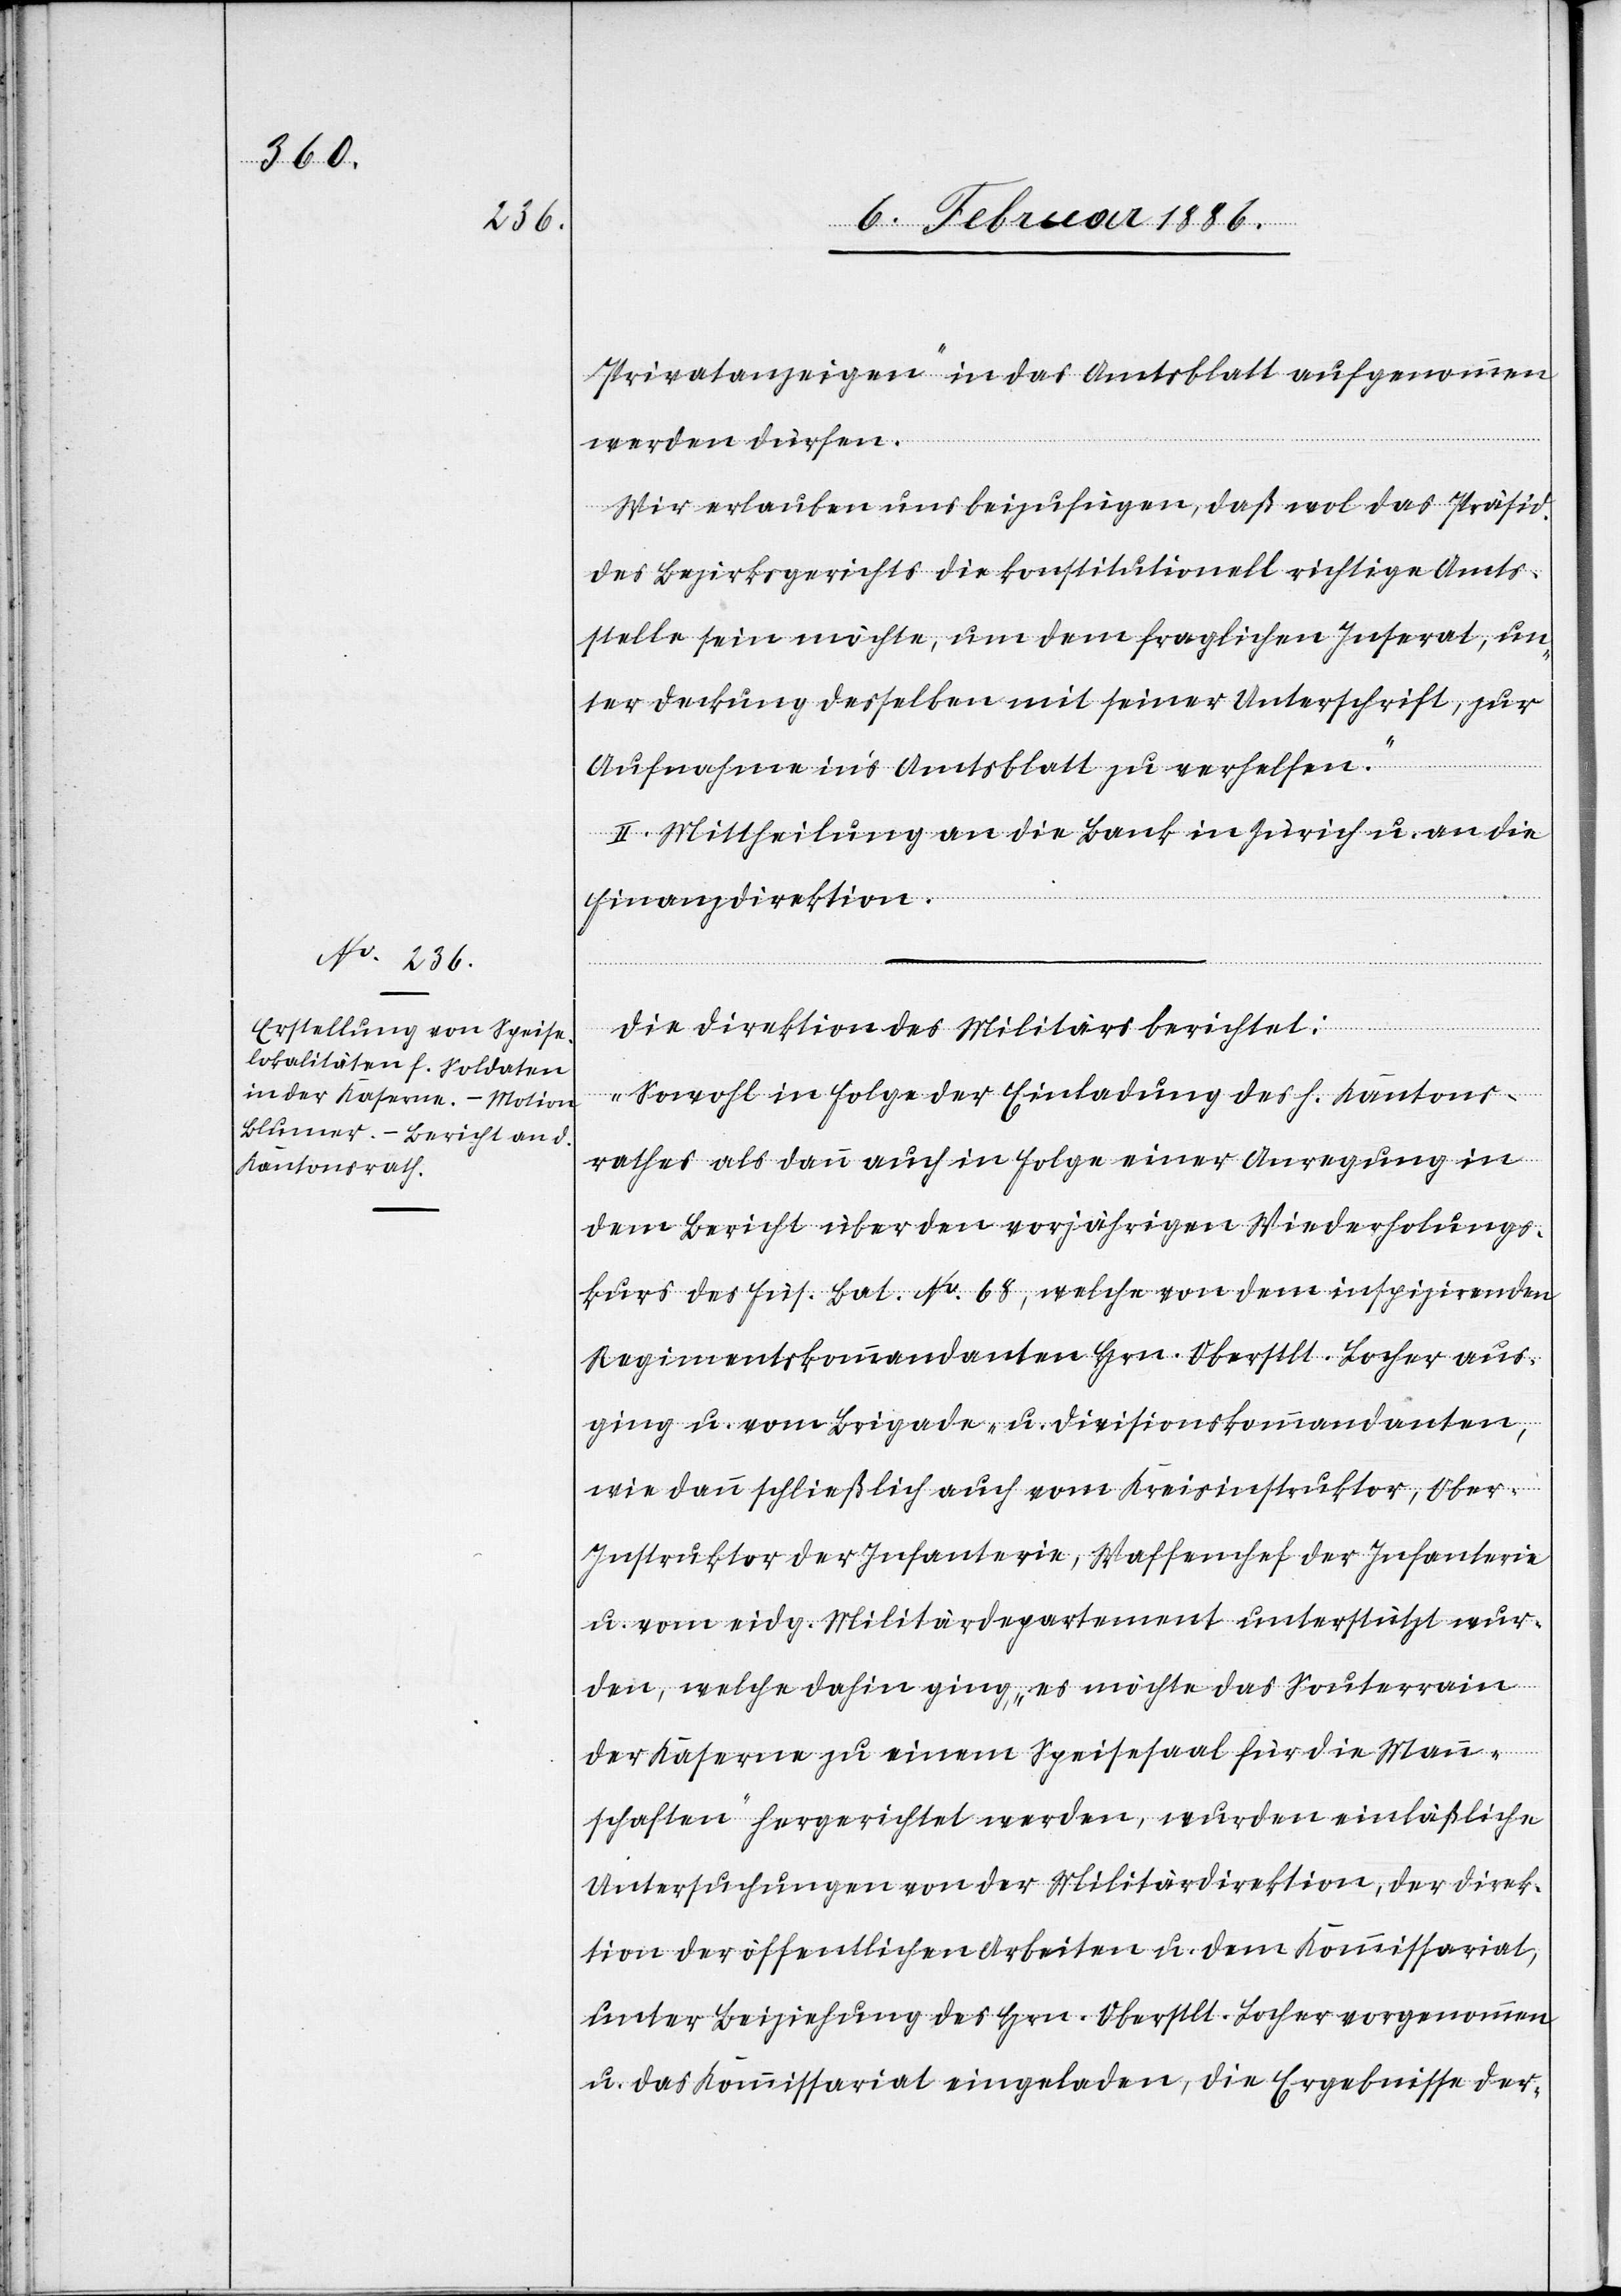
Privatanzeigen“ in das Amtsblatt aufgenommen
werden dürfen.
Wir erlauben uns beizufügen, daß wol das Präsid.
des Bezirksgerichtes die konstitutionell richtige Amts¬
stelle sein möchte, um dem fraglichen Inserat, un¬
ter Deckung desselben mit seiner Unterschrift, zur
Aufnahme in’s Amtsblatt zu verhelfen.“
II. Mittheilung an die Bank in Zürich u. an die
Finanzdirektion.
Die Direktion des Militärs berichtet:
„Sowol in Folge der Einladung des h. Kantons¬
rathes als dann auch in Folge einer Anregung in
dem Bericht über den vorjährigen Wiederholungs¬
kurs des Füs. Bat. No. 68, welche von dem inspizirenden
Regimentskommandanten Hrn. Oberstlt. Locher aus¬
ging u. vom Brigade- u. Divisionskommandanten,
wie dann schließlich auch vom Kreisinstruktor, Ober-I¬
nstruktor der Infanterie, Waffenchef der Infanterie
u. vom eidg. Militärdepartement unterstützt wur¬
de, welche dahin ging, „es möchte das Souterrain
der Kaserne zu einem Speisesaal für die Mann¬
schaften“ hergerichtet werden, wurden einläßliche
Untersuchungen von der Militärdirektion, der Direk¬
tion der öffentlichen Arbeiten u. dem Kommissariat,
unter Beiziehung des Hrn. Oberstlt. Locher vorgenommen
u. das Kommissariat eingeladen, die Ergebnisse der-